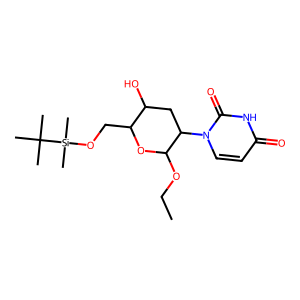
SMILES: CCOC1OC(CO[Si](C)(C)C(C)(C)C)C(O)CC1n1ccc(=O)[nH]c1=O
Inhibits HIV replication: No